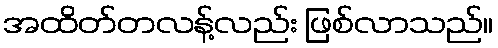
အထိတ်တလန့်လည်း ဖြစ်လာသည်။